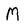
Character: M